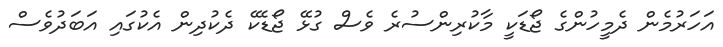
އަހަރުމެން ދެމީހުންގެ ޖޯޑަކީ މާކުރިންސުރެ ވެސް ގުޅޭ ޖޯޑެކޭ ދެކުދިން އެކުގައި އަބަދުވެސް